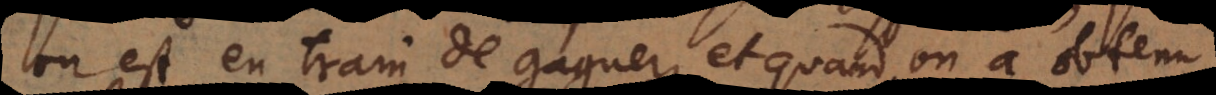
on est en train de gagner, et quand on a obtenu